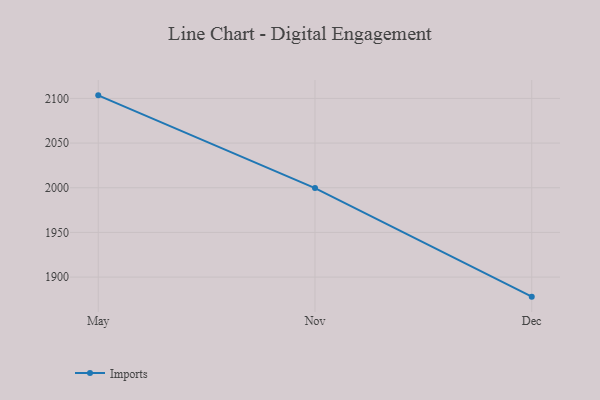
{"axis": {"x": "Month", "y": "Churn Rate (%)"}, "legend": ["Imports"], "data": [{"x": "May", "y": 2103.4, "type": "Imports"}, {"x": "Nov", "y": 1999.6, "type": "Imports"}, {"x": "Dec", "y": 1878.1, "type": "Imports"}]}